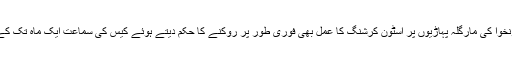
عدالت نے خیبرپختونخوا کی مارگلہ پہاڑیوں پر اسٹون کرشنگ کا عمل بھی فوری طور پر روکنے کا حکم دیتے ہوئے کیس کی سماعت ایک ماہ تک کے لیے ملتوی کردی۔